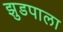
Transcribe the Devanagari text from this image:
झुडपाला